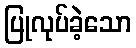
ပြုလုပ်ခဲ့သော